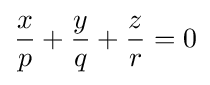
{\frac {x}{p}}+{\frac {y}{q}}+{\frac {z}{r}}=0